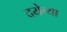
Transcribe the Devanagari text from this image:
दयेच्या